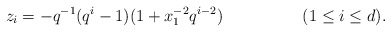
\begin{align*} z_ i &= - q^{-1} (q^i-1)(1 + x_1^{-2} q^{i-2}) && (1 \leq i \leq d).\end{align*}